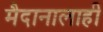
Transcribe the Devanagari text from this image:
मैदानालाही